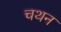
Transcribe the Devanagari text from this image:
चथन